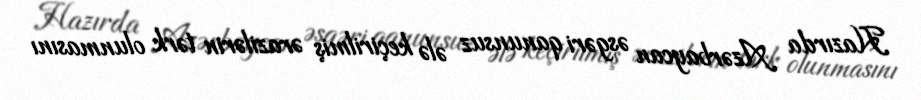
Hazırda Azərbaycan əsgəri qanunsuz ələ keçirilmiş ərazilərin tərk olunmasını